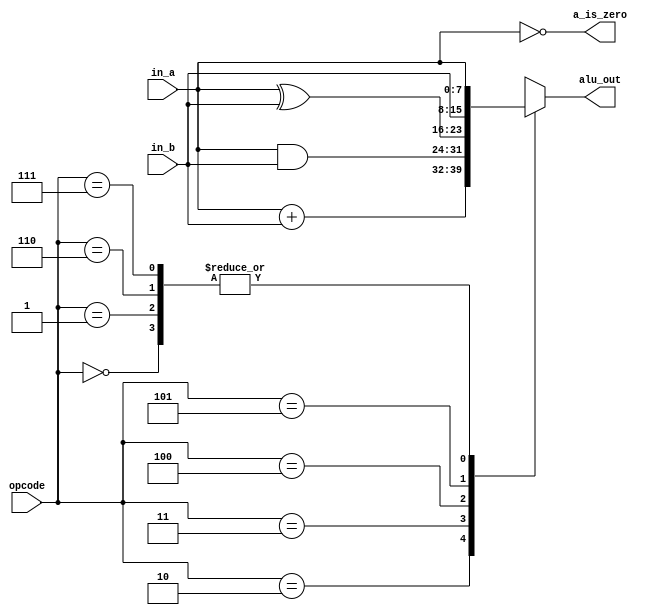
module alu #(
    parameter WIDTH = 8
  ) (
    in_a, in_b, opcode, alu_out, a_is_zero
  );

  input [WIDTH-1:0] in_a, in_b;
  input [2:0] opcode;
  output reg [WIDTH-1:0] alu_out;
  output a_is_zero;

  assign a_is_zero = in_a == 0;
  always @* begin
    case (opcode)
      3'b000:
        alu_out = in_a;        // HLT
      3'b001:
        alu_out = in_a;        // SKZ
      3'b010:
        alu_out = in_a + in_b; // ADD
      3'b011:
        alu_out = in_a & in_b; // AND
      3'b100:
        alu_out = in_a ^ in_b; // XOR
      3'b101:
        alu_out =  in_b;       // LDA
      3'b110:
        alu_out = in_a;        // STO
      3'b111:
        alu_out = in_a;        // JMP
      default:
        alu_out = 8'bZ;
    endcase

  end

endmodule